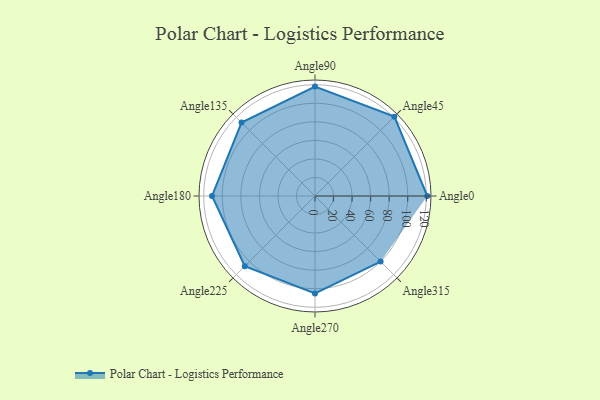
{"axis": {"x": "Angle", "y": "Radius"}, "legend": [""], "data": [{"x": "Angle0", "y": 121.0, "type": ""}, {"x": "Angle45", "y": 121.0, "type": ""}, {"x": "Angle90", "y": 118.0, "type": ""}, {"x": "Angle135", "y": 112.0, "type": ""}, {"x": "Angle180", "y": 111.0, "type": ""}, {"x": "Angle225", "y": 107.0, "type": ""}, {"x": "Angle270", "y": 105.0, "type": ""}, {"x": "Angle315", "y": 100.0, "type": ""}]}